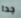
جدا